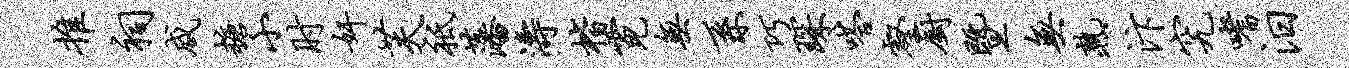
推祠咸糖小肘奸芙祗藩涛楷霓无系巧琛嗒壑厨暨无熟汴究嗜汨